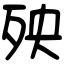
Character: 殃